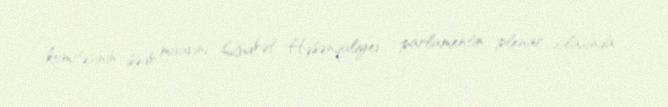
komitəsinin sədr müavini Qüdrət Həsənquliyev parlamentin plenar iclasında